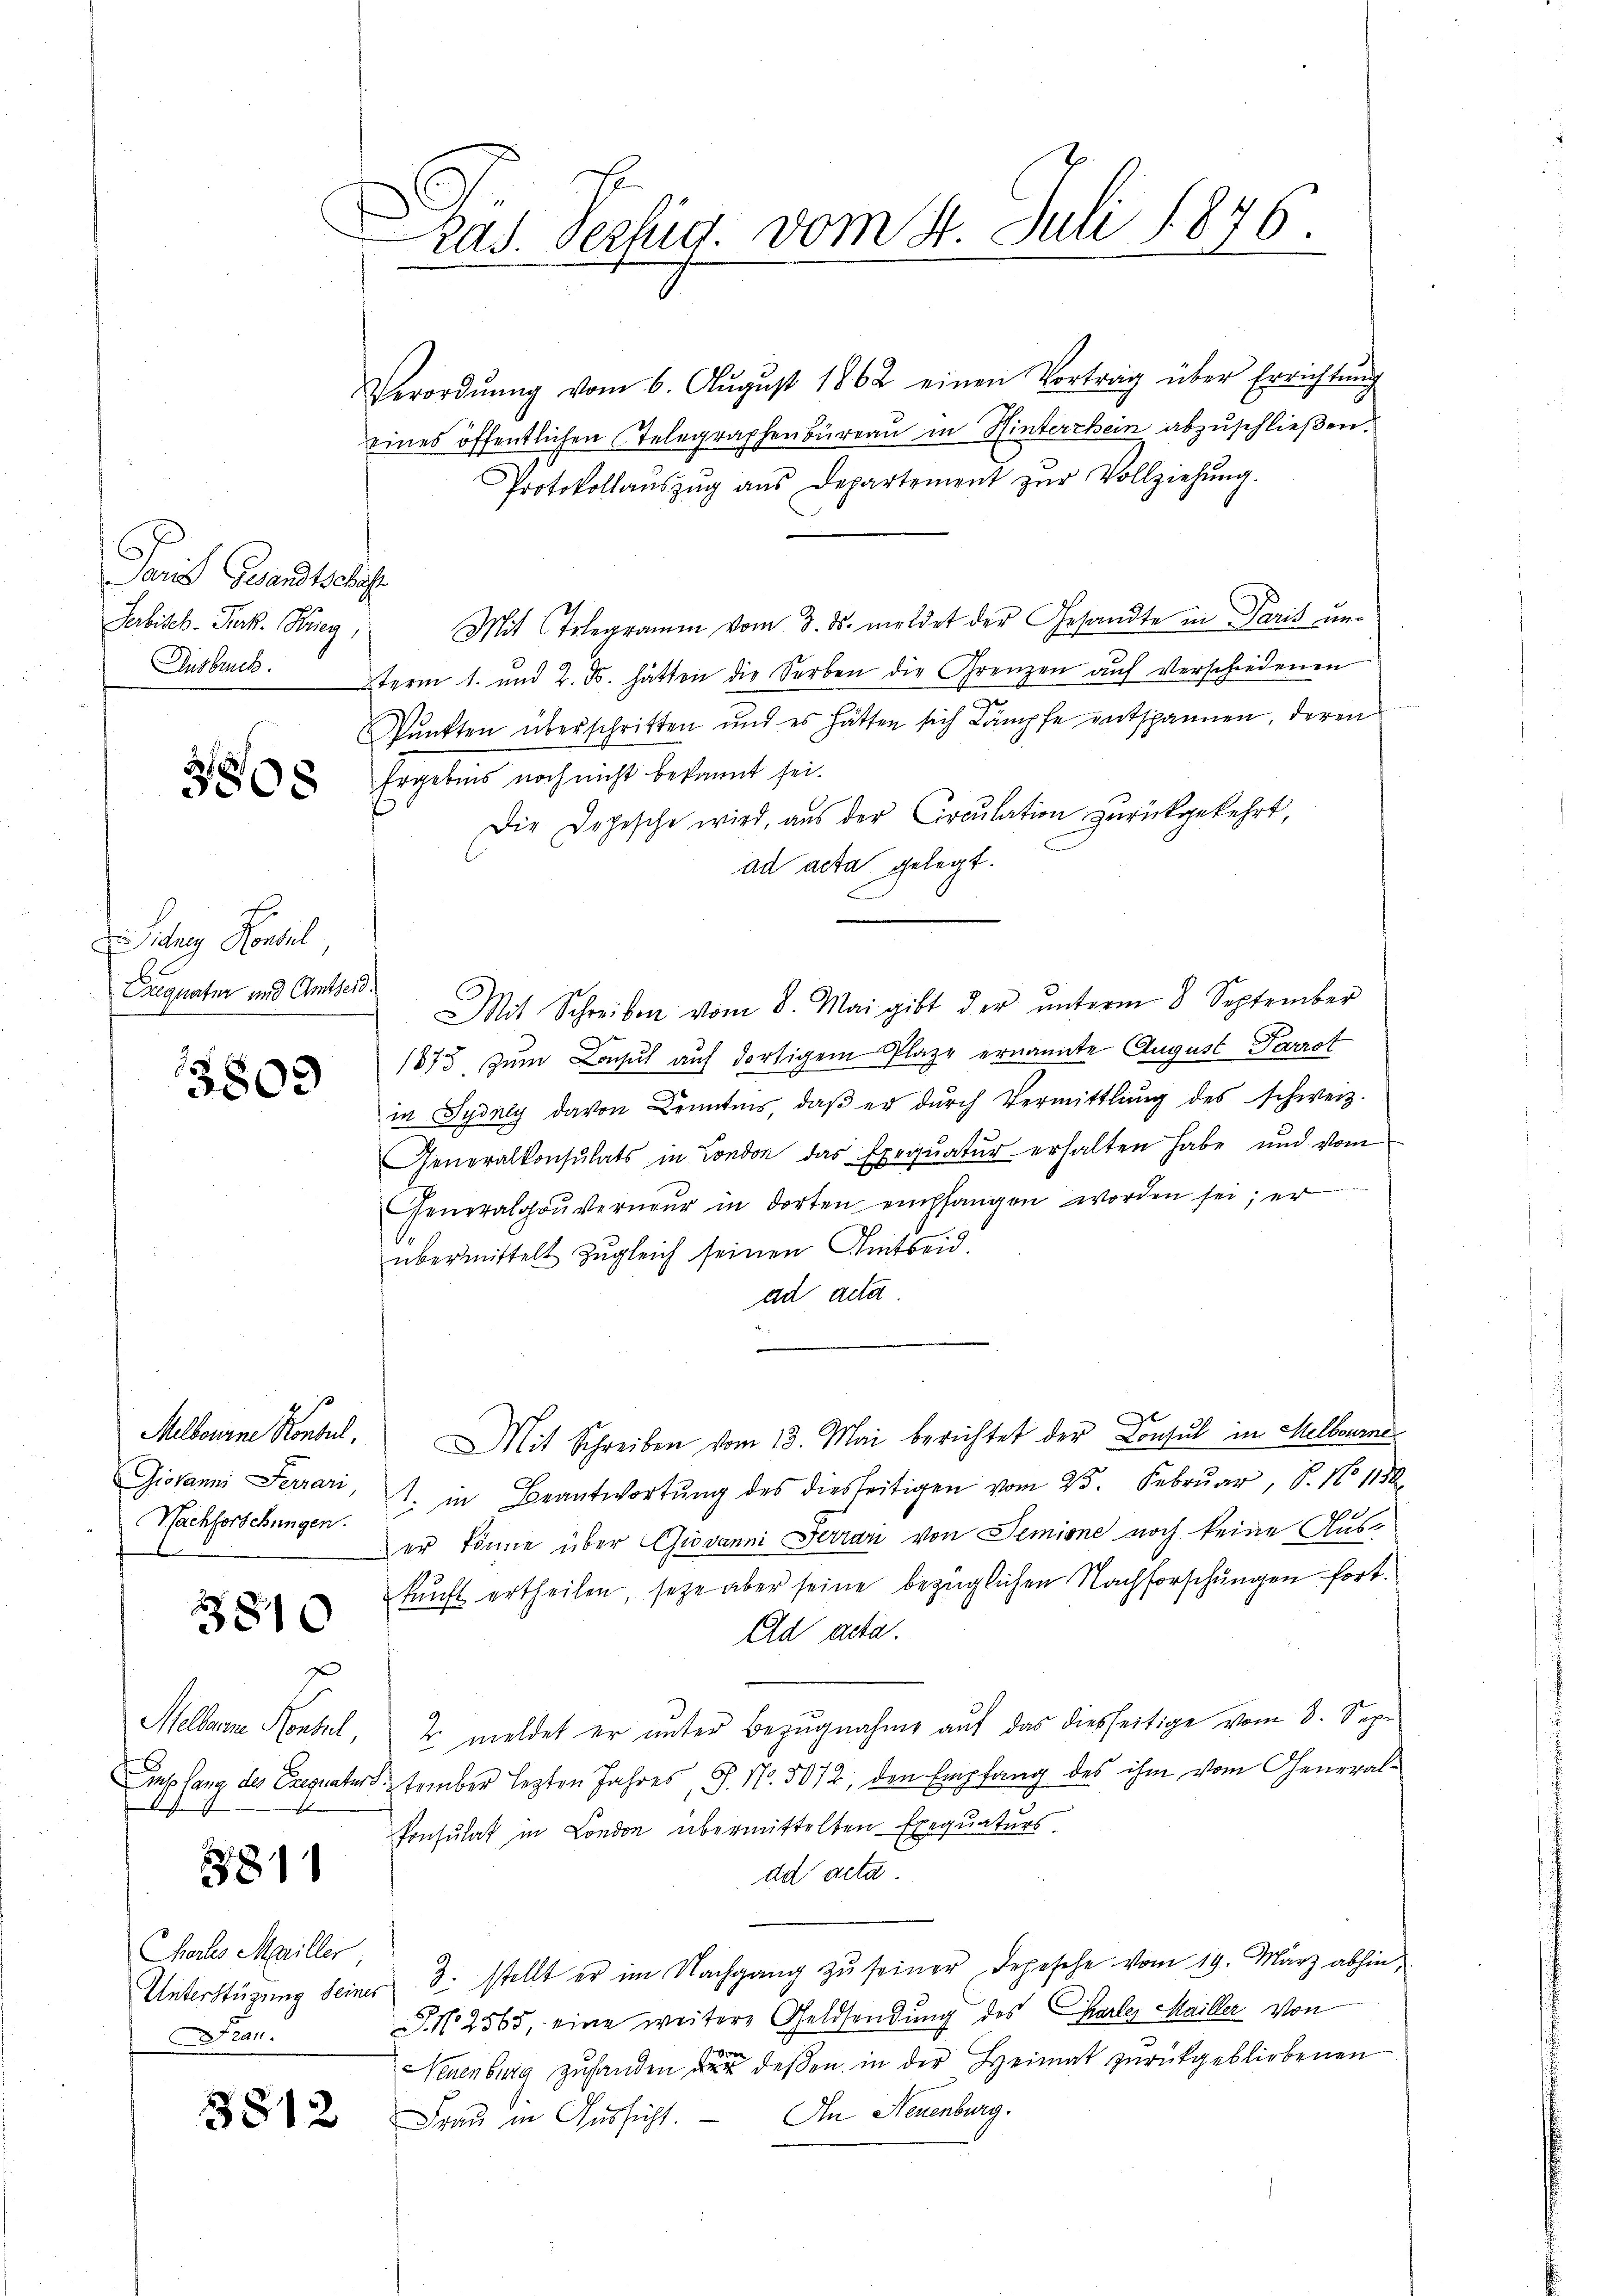
Paris Gesandtschaft
Serbisch-Turk. Krieg,

3808

Sichen Konsul
Caequatur und Amtsers.

3809

Melbourne Konsul,
Nachforschungen.

3810

E
Mellenen Montel,

811

Chals Mariller,
Frau.

3512

ras. Verfug. vom 4. Juli 1876.

Verordnŭng vom 6. Aŭgŭst 1862 einen Vortrag über Errichtŭng
eines öffentlichen Stelegraphenbüreau in Hinterrhein abzuschließen.
Protokollaŭszŭg ans Departement zŭr Vollziehŭng.
Mit Telegramm vom 8. ds. meldet der Gesandte in Paris un¬
Ausbruckterm 1. und 2. d. hatten die Serben die Grenzen auf Verschiedenen
Punkten überschritten und es hätten sich kämpfe entspannen, deren
Ergebnis noch nicht bekannt sei.
Die Depesche wird, aus der Circulation zurückgekehrt,
ad acta gelegt.
Mit Schreiben vom 8. Mai gibt der ŭnterm 8. September
1873 zum Laut auf dortigem Plaze ernannte August Parrot
in Sydung davon Kenntnis, daβ er dŭrch Vermittlung des schweiz.
Generalkonsulats in London das Exequatur erhalten habe und vom
Generalgouverneŭr in dorten empfangen worden sei; er
übermittelt zugleich seinen Amtseid.
ad acta.
Mit Schreiben vom 13. Mai berichtet der Consul in Melbourne
Giovanni Ferrari, 1. in Beantwortŭng des diesseitigen vom 25. Febrŭar, S. No 1152.
er könne über Giovanni Ferrari von Semione noch keine Auskunft ertheilen, seze aber seine bezüglichen Nachforschungen fort¬
Ad aeta.
2 meldet er unter Bezugnahme auf das diesseitige vom 3. Sep.
Empfang des Exequatur tember lezten Jahres, S. Nr. 5072; den Empfang des ihm vom General¬
Ponsulat in London übermittelten Exequaturs
ad acta
Unterstüzung seiner 3. stellt er im Nachgang zŭ seiner Depesche vom 19. März abhin,
J. N. 2565, eine weitere Geldsendung des Charler Mailler von
Neuenburg zu handen der deßen in der Heimat zurückgebliebenen
Frau in Aussicht. — In Neuenburg.